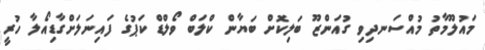
މައުލޫމާތު މުއްސަނދިވި ގުއަންޒޫ ބަލިކޮށް ބަޔާން ކްލަބް ވޯލްޑް ކަޕުގެ ފައިނަލަށްގާޑިއޯލާ ހުރީ